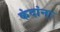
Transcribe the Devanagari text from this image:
कंदांना